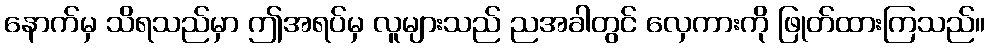
နောက်မှ သိရသည်မှာ ဤအရပ်မှ လူများသည် ညအခါတွင် လှေကားကို ဖြုတ်ထားကြသည်။